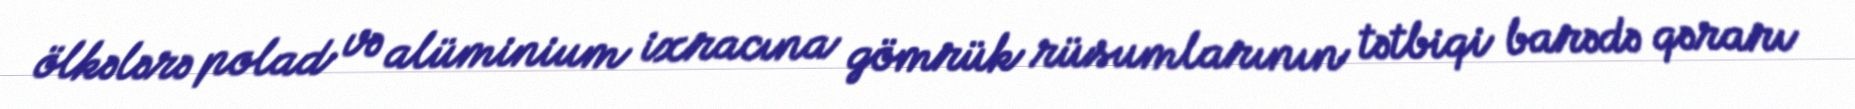
ölkələrə polad və alüminium ixracına gömrük rüsumlarının tətbiqi barədə qərarı